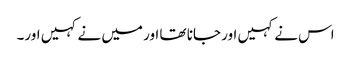
اس نے کہیں اور جانا تھا اور میں نے کہیں اور۔